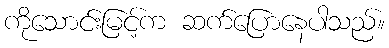
ကိုသောင်းမြင့်က ဆက်ပြောနေပါသည်။